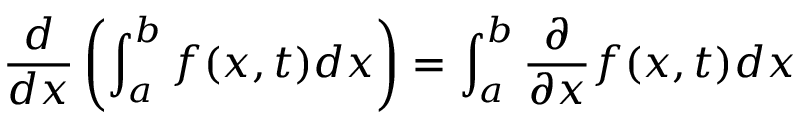
{ \frac { d } { d x } } \left( \int _ { a } ^ { b } f ( x , t ) d x \right) = \int _ { a } ^ { b } { \frac { \partial } { \partial x } } f ( x , t ) d x